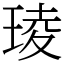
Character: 𤦫